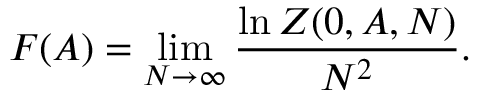
F ( A ) = \operatorname * { l i m } _ { N \rightarrow \infty } \frac { \ln Z ( 0 , A , N ) } { N ^ { 2 } } .